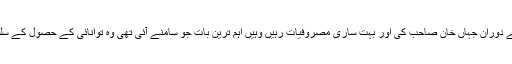
اس دورے کے دوران جہاں خان صاحب کی اور بہت ساری مصروفیات رہیں وہیں اہم ترین بات جو سامنے آئی تھی وہ توانائی کے حصول کے سلسلے کی تھی۔